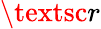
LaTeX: \textsc{r}